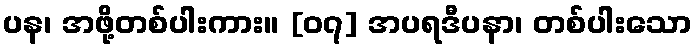
ပန၊ အဖို့တစ်ပါးကား။ [၀၇] အပရဒီပနာ၊ တစ်ပါးသော